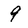
Character: 9